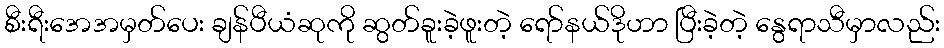
စီးရီးအေအမှတ်ပေး ချန်ပီယံဆုကို ဆွတ်ခူးခဲ့ဖူးတဲ့ ရော်နယ်ဒိုဟာ ပြီးခဲ့တဲ့ နွေရာသီမှာလည်း